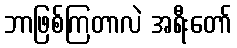
ဘာဖြစ်ကြတာလဲ အရီးတော်